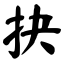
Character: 抉